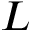
L